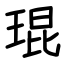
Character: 琨